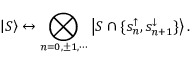
\left| S \right\rangle \leftrightarrow \bigotimes _ { n = 0 , \pm 1 , \cdots } \left| S \cap \{ s _ { n } ^ { \uparrow } , s _ { n + 1 } ^ { \downarrow } \} \right\rangle .